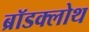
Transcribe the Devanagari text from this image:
ब्रॉडक्लोथ